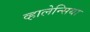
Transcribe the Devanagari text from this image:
व्हालेन्सिया